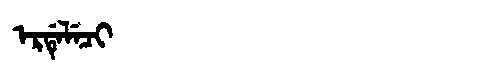
Manchu: ᡝᡵᡩᡝᠯᡝᠴᡳ
Romanization: ERDELECI